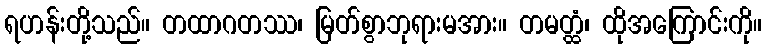
ရဟန်းတို့သည်။ တထာဂတဿ၊ မြတ်စွာဘုရားမအား။ တမတ္ထံ၊ ထိုအကြောင်းကို။